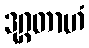
ဒုဂ္ဂတာဟံ